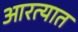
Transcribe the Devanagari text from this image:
आरत्यात